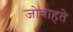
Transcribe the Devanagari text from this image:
जोचाहते